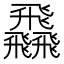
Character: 飝